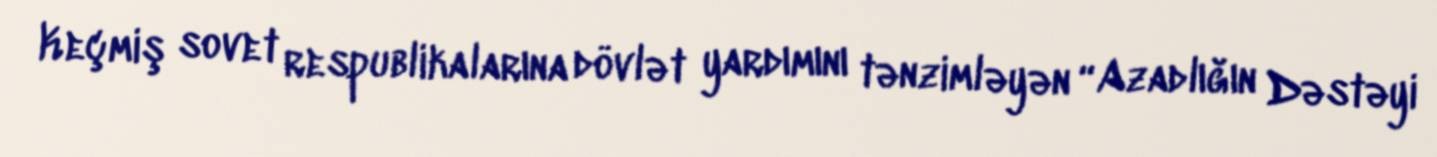
Keçmiş sovet respublikalarına dövlət yardımını tənzimləyən “Azadlığın Dəstəyi